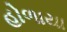
હોળાયા